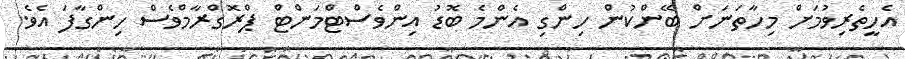
އެހީތެރިވުމަށް މިހާތަނަށް ބޭންކުން ހިންގި އެންމެ ބޮޑު އިންވެސްޓްމަންޓް ޕްރޮގްރާމްވެސް ހިންގާފަ އެވެ.